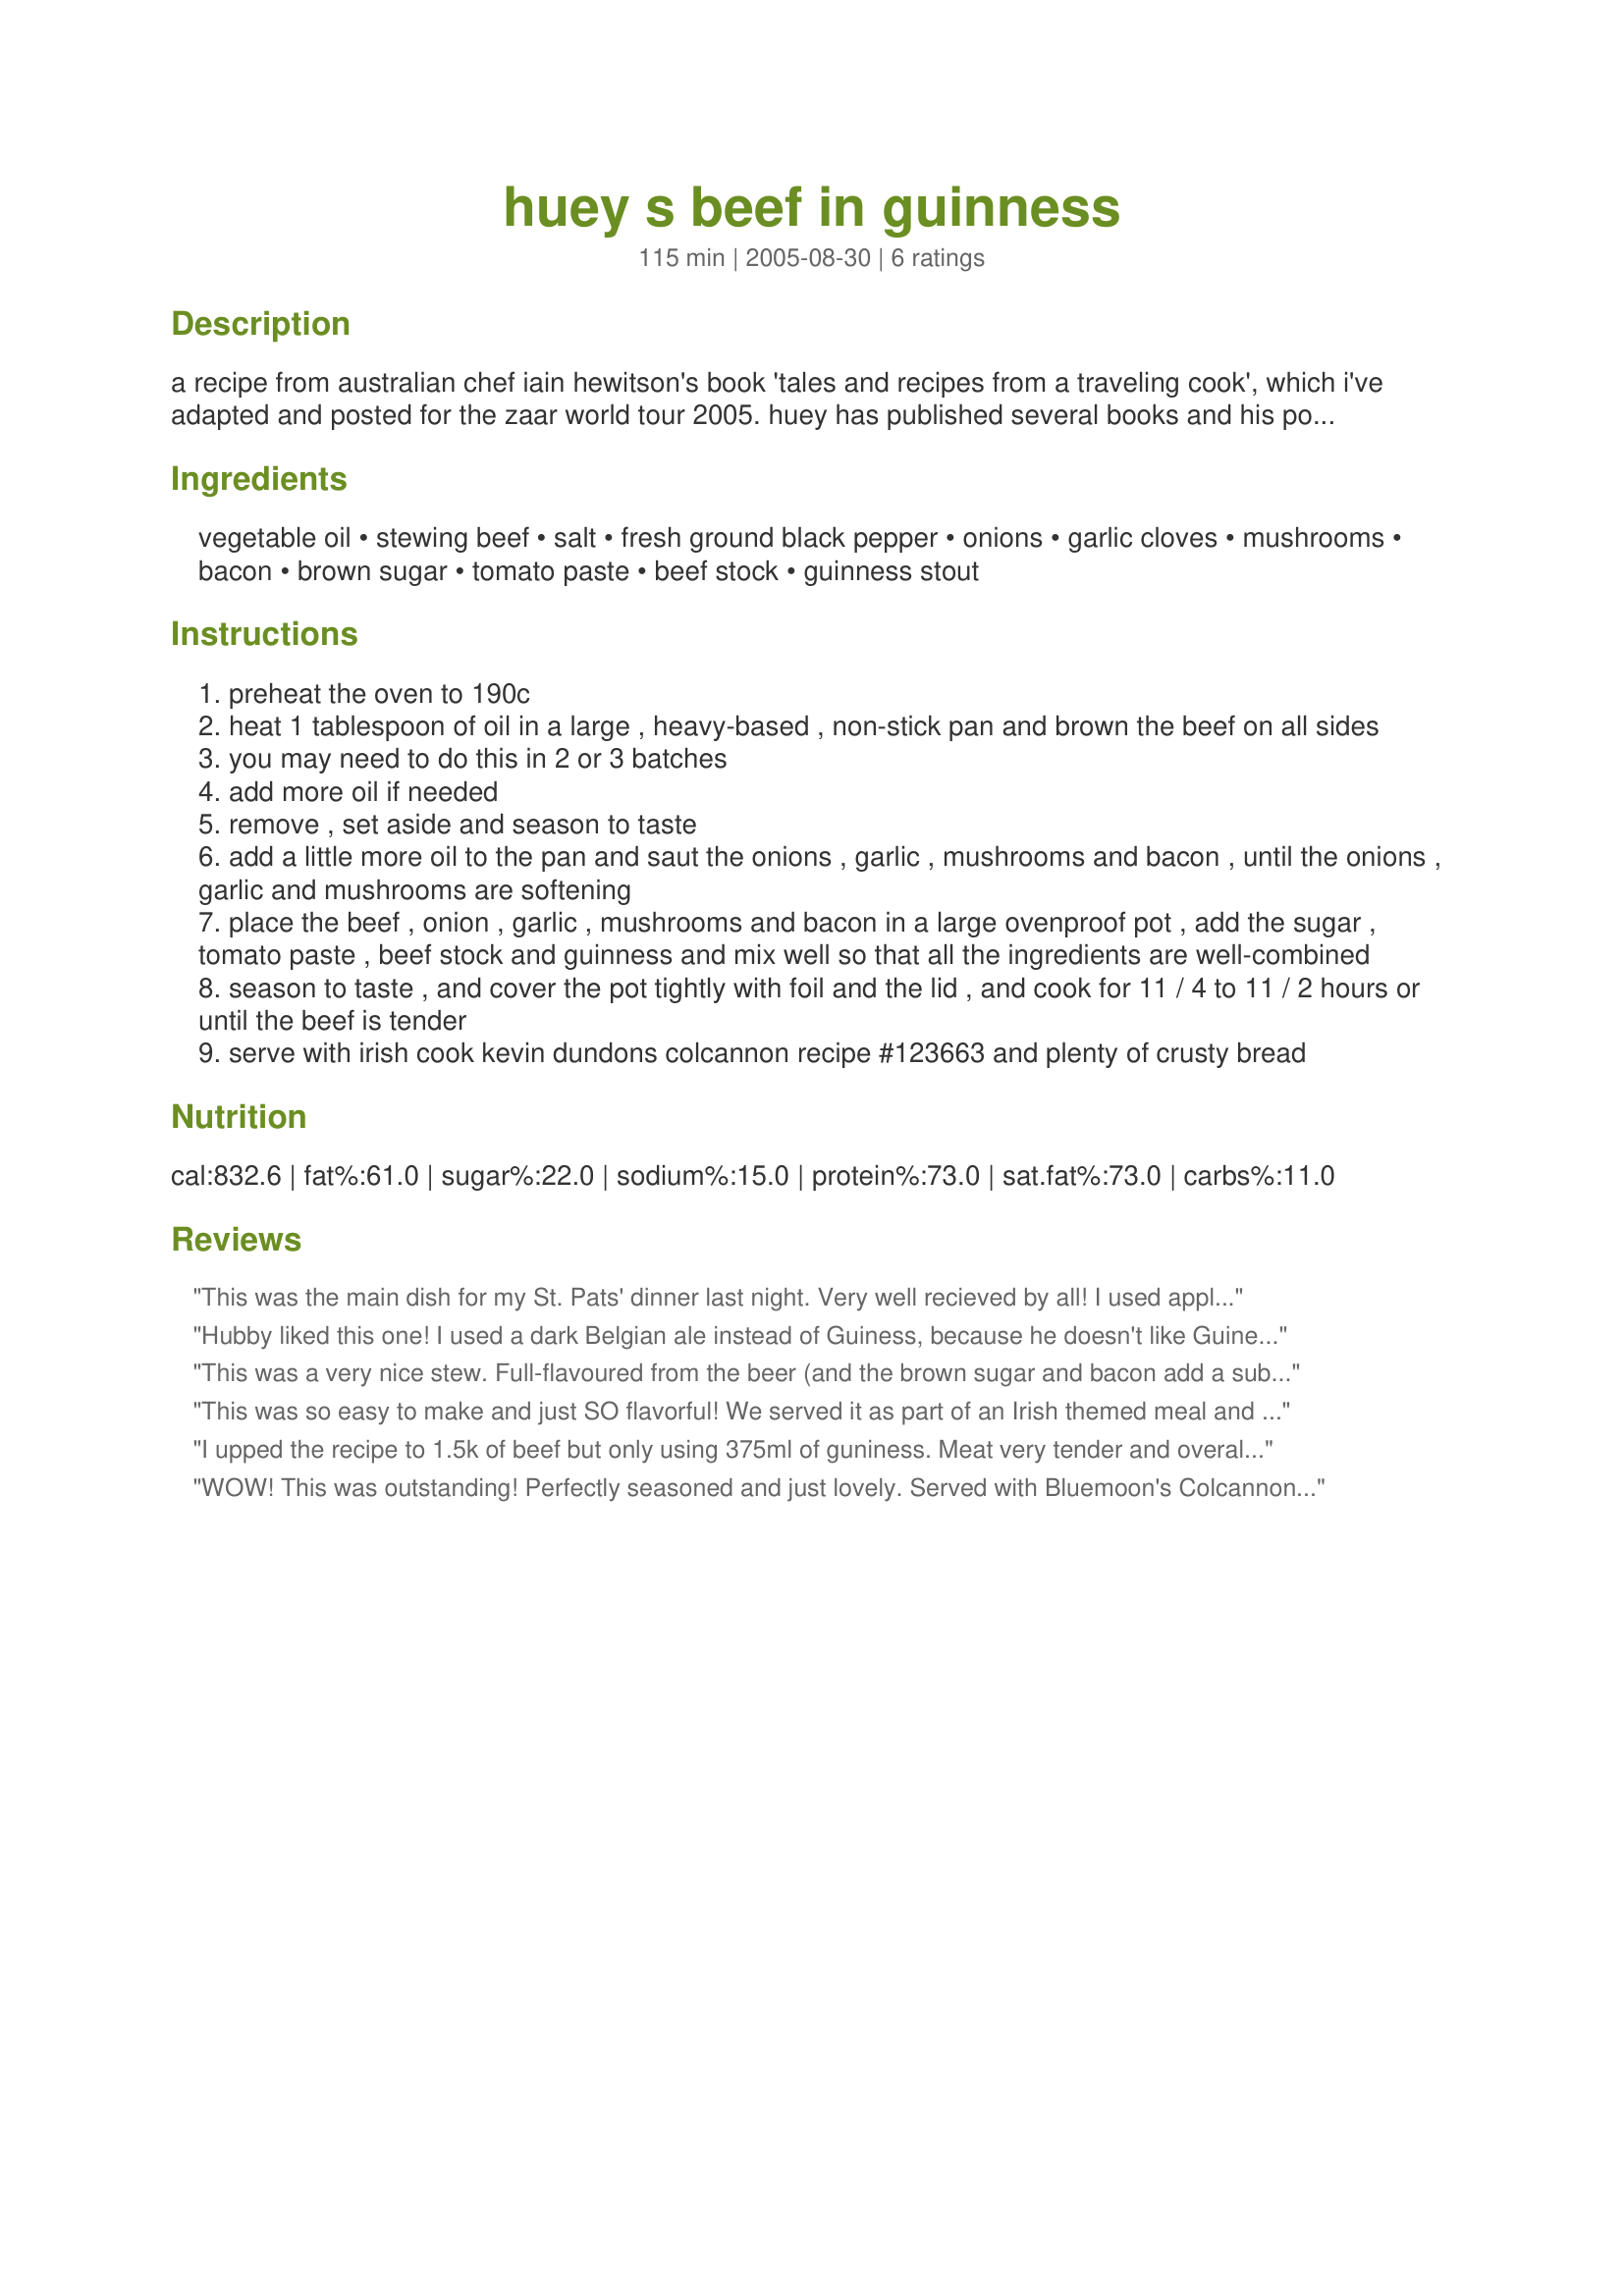
huey s beef in guinness
Preparation time: 115 minutes

a recipe from australian chef iain hewitson's book 'tales and recipes from a traveling cook', which i've adapted and posted for the zaar world tour 2005. huey has published several books and his popular tv cooking show appears twice daily. of this recipe, huey says "try this with different styles of beer - each will impart a different flavour. and, remember, stews and braises are even better when reheated the following day".

Ingredients:
vegetable oil, stewing beef, salt, fresh ground black pepper, onions, garlic cloves, mushrooms, bacon, brown sugar, tomato paste, beef stock, guinness stout

Steps:
preheat the oven to 190c
heat 1 tablespoon of oil in a large , heavy-based , non-stick pan and brown the beef on all sides
you may need to do this in 2 or 3 batches
add more oil if needed
remove , set aside and season to taste
add a little more oil to the pan and saut the onions , garlic , mushrooms and bacon , until the onions , garlic and mushrooms are softening
place the beef , onion , garlic , mushrooms and bacon in a large ovenproof pot , add the sugar , tomato paste , beef stock and guinness and mix well so that all the ingredients are well-combined
season to taste , and cover the pot tightly with foil and the lid , and cook for 11 / 4 to 11 / 2 hours or until the beef is tender
serve with irish cook kevin dundons colcannon recipe #123663 and plenty of crusty bread

Reviews:
This was the main dish for my St. Pats' dinner last night. Very well recieved by all! I used applewood smoked bacon, and just a pinch of sea salt. It held very well over low heat while we had appetizers. Yum!!
Hubby liked this one! I used a dark Belgian ale instead of Guiness, because he doesn't like Guiness. This makes a very rich and hearty stew. I did add some potatoes in it, just for my preference. Very good!
This was a very nice stew. Full-flavoured from the beer (and the brown sugar and bacon add a subtle smoky/sweet taste) and just right for cool Autumn weather. I did add some chopped up carrots and potatoes the last half hour of cooking.
This was so easy to make and just SO flavorful! We served it as part of an Irish themed meal and made the recommended Colcannon. A total hit - not a drop left!! I highly reccommend this recipe!!
I upped the recipe to 1.5k of beef but only using 375ml of guniness. Meat very tender and overall flavourell but we would prefer a thicker gravy so would look at before putting everything back into the pot making a roux of flour and what is left in the pot and then adding the liquids in full whisking and then adding meat ect. Really good to sop up with bread and mashed potatoe and very flavourseme. Thanks you bluemoon downunder made for Please Make My Recipe.
WOW! This was outstanding! Perfectly seasoned and just lovely. Served with Bluemoon's Colcannon Recipe #123663, which WAS the PERFECT addition! This is a keeper that will be made throughout the year. Thanks Bluemoon!
